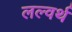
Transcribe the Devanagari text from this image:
लल्वर्थ